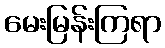
မေးမြန်းကြရာ